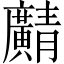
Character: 𫸎